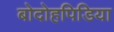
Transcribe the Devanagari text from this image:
बोदोहपिडिया